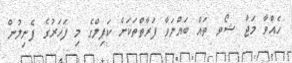
ހެއްވާ މަޖާ ޝޯވ ތައް ބައްލަވާ ފަރާތްތަކަށް ކަޕިލްގެ މި ފަހަރުގެ ފެނިލުން